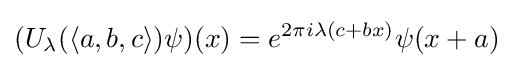
(U_{\lambda }(\langle a,b,c\rangle )\psi )(x)=e^{2\pi i\lambda (c+bx)}\psi (x+a)